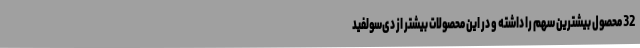
32 محصول بیشترین سهم را داشته و در این محصولات بیشتر از دی‌سولفید